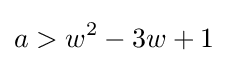
a>w^{2}-3w+1